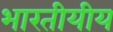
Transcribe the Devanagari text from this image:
भारतीयीय